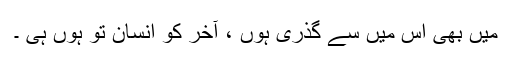
میں بھی اس میں سے گذری ہوں ، آخر کو انسان تو ہوں ہی ۔